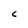
Character: C